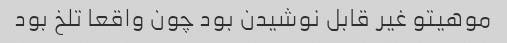
موهیتو غیر قابل نوشیدن بود چون واقعا تلخ بود